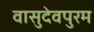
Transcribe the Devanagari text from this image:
वासुदेवपुरम